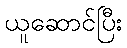
ယူဆောင်ပြီး